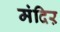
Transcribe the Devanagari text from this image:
मंदिऱ